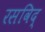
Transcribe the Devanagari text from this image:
रसविद्